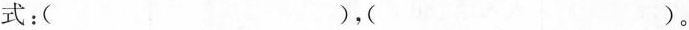
式：( )，( )。